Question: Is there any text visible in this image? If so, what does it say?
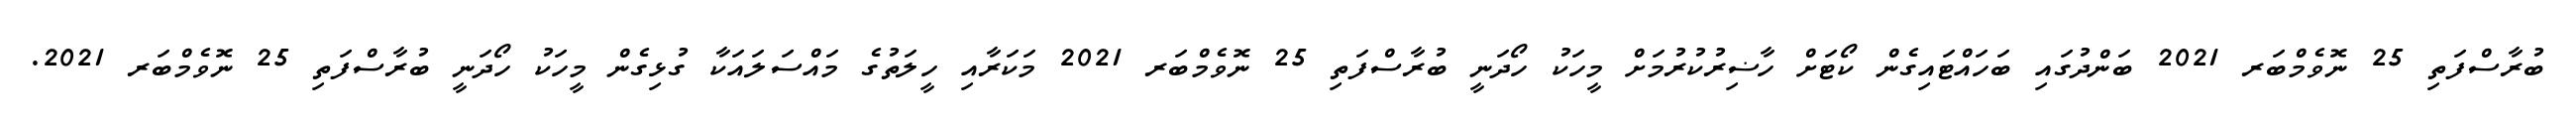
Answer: ބުރާސްފަތި 25 ނޮވެމްބަރ 2021 ބަންދުގައި ބަހައްޓައިގެން ކޯޓަށް ހާޟިރުކުރުމަށް މީހަކު ހޯދަނީ ބުރާސްފަތި 25 ނޮވެމްބަރ 2021 މަކަރާއި ހީލަތުގެ މައްސަލައަކާ ގުޅިގެން މީހަކު ހޯދަނީ ބުރާސްފަތި 25 ނޮވެމްބަރ 2021.